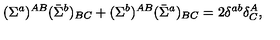
( \Sigma ^ { a } ) ^ { A B } ( \bar { \Sigma } ^ { b } ) _ { B C } + ( \Sigma ^ { b } ) ^ { A B } ( \bar { \Sigma } ^ { a } ) _ { B C } = 2 \delta ^ { a b } \delta _ { C } ^ { A } ,